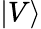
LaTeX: |V\rangle